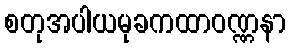
စတုအပါယမုခကထာဝဏ္ဏနာ